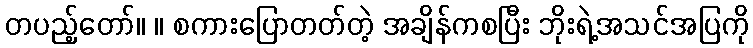
တပည့်တော်။ ။ စကားပြောတတ်တဲ့ အချိန်ကစပြီး ဘိုးရဲ့အသင်အပြကို